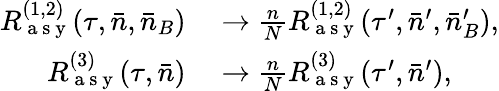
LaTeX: \begin{array}{rl}{R_{\mathrm{~a~s~y~}}^{(1,2)}(\tau,\bar{n},\bar{n}_{B})}&{{}\rightarrow\frac{n}{N}R_{\mathrm{~a~s~y~}}^{(1,2)}(\tau^{\prime},\bar{n}^{\prime},\bar{n}_{B}^{\prime}),}\\ {R_{\mathrm{~a~s~y~}}^{(3)}(\tau,\bar{n})}&{{}\rightarrow\frac{n}{N}R_{\mathrm{~a~s~y~}}^{(3)}(\tau^{\prime},\bar{n}^{\prime}),}\end{array}